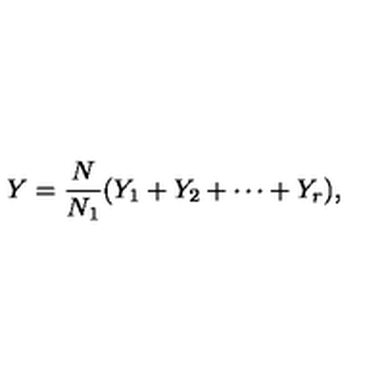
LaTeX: Y = { \frac { N } { N _ { 1 } } } ( Y _ { 1 } + Y _ { 2 } + \cdots + Y _ { r } ) ,